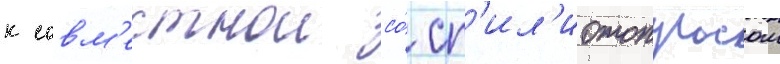
к совм'естнои со́ сп'ил'иотопулосом